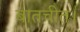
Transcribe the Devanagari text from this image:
बातचीत।